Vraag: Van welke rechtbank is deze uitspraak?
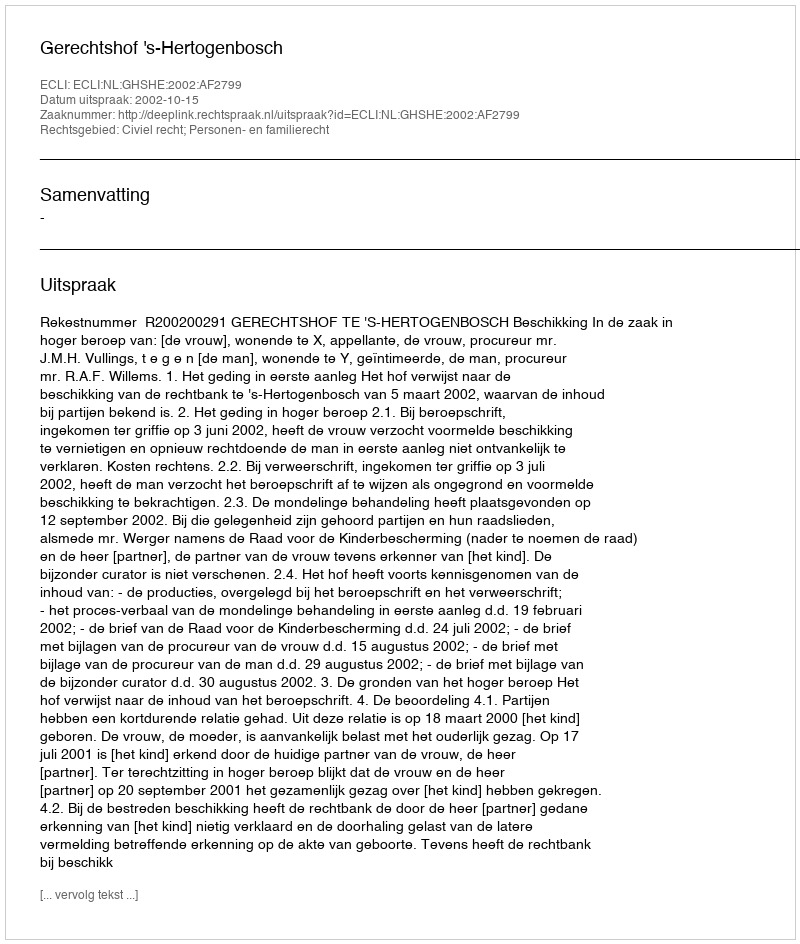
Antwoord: Gerechtshof 's-Hertogenbosch